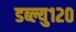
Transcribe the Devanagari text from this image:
डब्ल्यु१२०